Report on plague in the Punjab from October 1st ... to September 30th ..., being the ... season of plague in the province
Disease focus: Plague
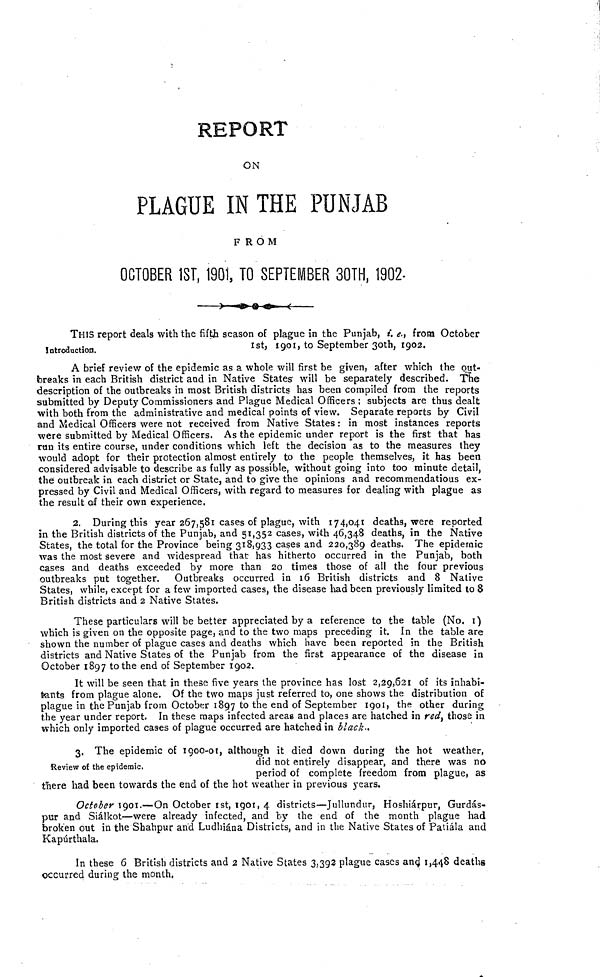
REPORT
ON
PLAGUE IN THE PUNJAB
FROM
OCTOBER 1ST, 1901, TO SEPTEMBER 30TH, 1902.
Introduction.
THIS report deals with the fifth season of plague in the Punjab, i.e., from October
1st, 1901, to September 30th, 1902.
A brief review of the epidemic as a whole will first be given, after which the out-
breaks in each British district and in Native States will be separately described. The
description of the outbreaks in most British districts has been compiled from the reports
submitted by Deputy Commissioners and Plague Medical Officers; subjects are thus dealt
with both from the administrative and medical points of view. Separate reports by Civil
and Medical Officers were not received from Native States : in most instances reports
were submitted by Medical Officers. As the epidemic under report is the first that has
run its entire course, under conditions which left the decision as to the measures they
would adopt for their protection almost entirely to the people themselves, it has been
considered advisable to describe as fully as possible, without going into too minute detail,
the outbreak in each district or State, and to give the opinions and recommendatious ex-
pressed by Civil and Medical Officers, with regard to measures for dealing with plague as
the result of their own experience.
2. During this year 267,581 cases of plague, with 174, 041 deaths, were reported
in the British districts of the Punjab, and 51,352 cases, with 46,348 deaths, in the Native
States, the total for the Province being 318,933 cases and 220,389 deaths. The epidemic
was the most severe and widespread that has hitherto occurred in the Punjab, both
cases and deaths exceeded by more than 20 times those of all the four previous
outbreaks put together. Outbreaks occurred in 16 British districts and 8 Native
States, while, except for a few imported cases, the disease had been previously limited to 8
British districts and 2 Native States.
These particulars will be better appreciated by a reference to the table (No. 1)
which is given on the opposite page, and to the two maps preceding it. In the table are
shown the number of plague cases and deaths which have been reported in the British
districts and Native States of the Punjab from the first appearance of the disease in
October 1897 to the end of September 1902.
It will be seen that in these five years the province has lost 2,29,621 of its inhabi-
tants from plague alone. Of the two maps just referred to, one shows the distribution of
plague in the Punjab from October 1897 to the end of September 1901, the other during
the year under report. In these maps infected areas and places are hatched in red, those in
which only imported cases of plague occurred are hatched in black..
Review of the epidemic,
3. The epidemic of 1900-01, although it died down during the hot weather,
did not entirely disappear, and there was no
period of complete freedom from plague, as
there had been towards the end of the hot weather in previous years.
October 1901.—On October 1st, 1901, 4 districts—Jullundur, Hoshiarpur, Gurdas-
pur and Sialkot—were already infected, and by the end of the month plague had
broken out in the Shahpur and Ludhiana Districts, and in the Native States of Patiala and
Kapurthala.
In these 6 British districts and 2 Native States 3,393 plague cases and 1,448 deaths
occurred during the month.